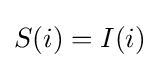
S(i)=I(i)